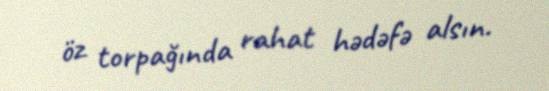
öz torpağında rahat hədəfə alsın.